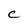
Character: C